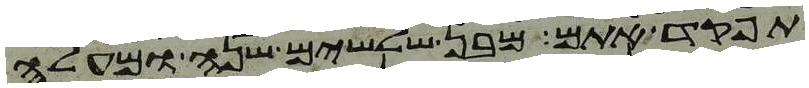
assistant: תפקד אתם מבן שלשים שנה ומעלה